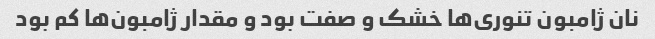
نان ژامبون تنوری‌ها خشک و صفت بود و مقدار ژامبون‌ها کم بود